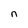
Character: n